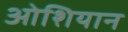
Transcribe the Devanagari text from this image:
ओशियान